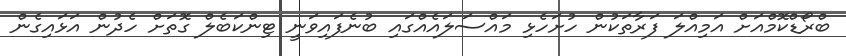
ބްރޯޑްކޮމްއަށް އަމިއްލަ ފަރާތަކުން ހުށަހެޅި މައްސަލައެއްގައި ބުނެފައިވަނީ ޓިންކަބެލް ގޮތަށް ހެދުން އަޅައިގެން